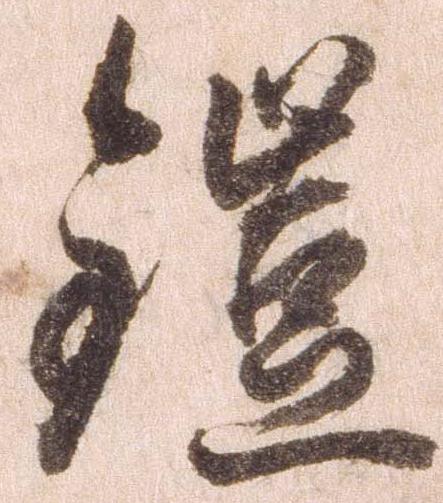
鎧